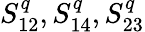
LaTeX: S_{12}^{q},S_{14}^{q},S_{23}^{q}